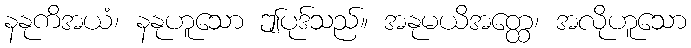
နနုကိအယံ၊ နနုဟူသော ဤပုဒ်သည်။ အနုမယိအတ္ထေ၊ အလိုဟူသော